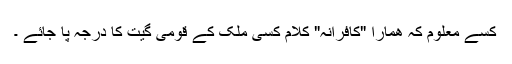
کسے معلوم کہ ھمارا "کافرانہ" کلام کسی ملک کے قومی گیت کا درجہ پا جائے ۔